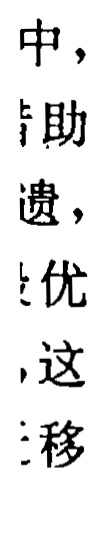
中,

助

遗,

优,

这

移